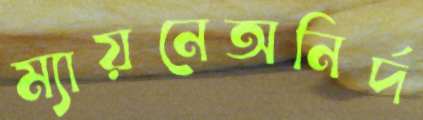
ম্যায়নেঅনির্দ